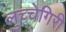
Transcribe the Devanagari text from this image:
लुच्चेगिरी